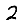
Digit: 2